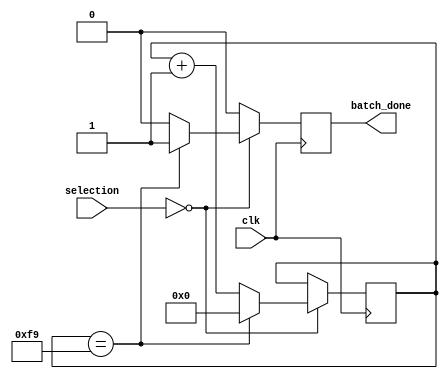
`timescale 1ns / 1ps
//////////////////////////////////////////////////////////////////////////////////
// Company: 
// Engineer: 
// 
// Design Name: 
// Module Name: batch_monitor
// Project Name: 
// Target Devices: 
// Tool Versions: 
// Description: 
// 
// Dependencies: 
// 
// Revision:
// Revision 0.01 - File Created
// Additional Comments:
// 
//////////////////////////////////////////////////////////////////////////////////


module batch_monitor #(parameter batch_size = 10, baud_rate = 4_000_000) (
    input clk,
    input [3:0] selection,
    output reg batch_done
    );
    
    reg [7:0] packet_bit_count;
    
    always @ (posedge clk)
    begin
        if (selection == 0)
        begin
            if (packet_bit_count == (100_000_000/baud_rate)*10-1)
            begin    
                batch_done <= 1;
                packet_bit_count <= 0;
            end
            else
            begin
                batch_done <= 0;
                packet_bit_count <= packet_bit_count + 1;
            end
        end
        else
        begin
            batch_done <= 0;
        end
    end
    
    initial
    begin
        batch_done = 0;
        packet_bit_count = 1;
    end
    
endmodule